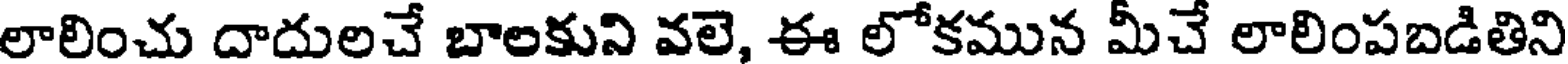
లాలించు దాదులచే బాలకుని వలె, ఈ లోకమున మీచే లాలింపబడితిని